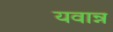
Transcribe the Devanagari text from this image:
यवान्न